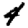
Digit: 4